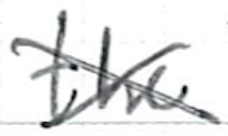
Text: the
Cross-out: cross
Writing tool: ballpoint